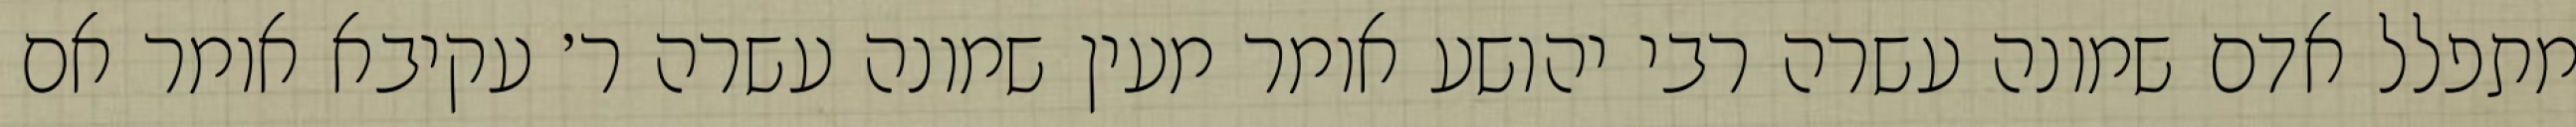
מתפלל אדם שמונה עשרה רבי יהושע אומר מעין שמונה עשרה ר׳ עקיבא אומר אם